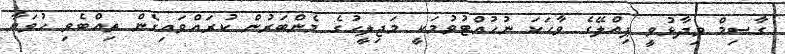
ގާސިމް ވިދާޅުވީ ޕިއްލޭގެ ވާހަކަ ނުހުއްޓުވުމަކީ މަޖިލީހުގެ މެންބަރުން ކުރައްވައިގެން ތިއްބެވި ހުވަޔާ